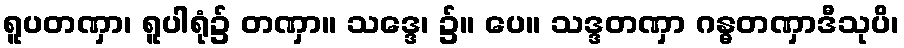
ရူပတဏှာ၊ ရူပါရုံ၌ တဏှာ။ သဒ္ဒေ၊ ၌။ ပေ။ သဒ္ဒတဏှာ ဂန္ဓတဏှာဒီသုပိ၊